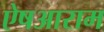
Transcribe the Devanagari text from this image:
ऐषआराम